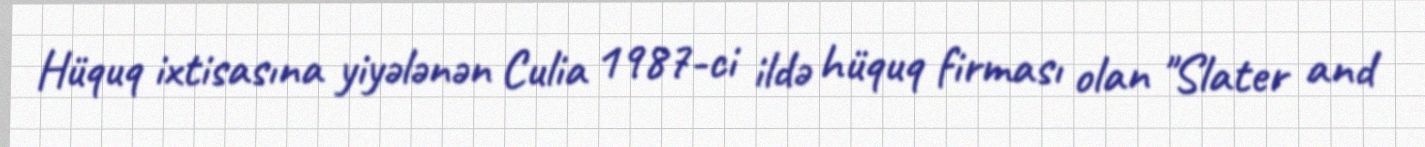
Hüquq ixtisasına yiyələnən Culia 1987-ci ildə hüquq firması olan "Slater and